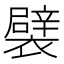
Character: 襞